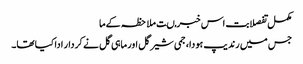
مکمل تفصلابت اس خبر مںت ملاحظہ کےما
جس میں رندیپ ہودا، جمی شیرگل اور ماہی گل نے کردار ادا کیا تھا۔